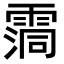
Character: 霘